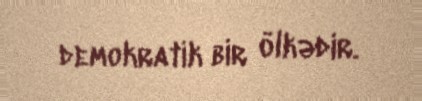
demokratik bir ölkədir.